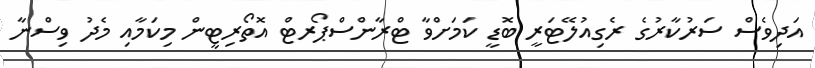
އަދިވެސް ސަރުކާރުގެ ރެގިއުލޭޓަރީ ބޮޑީ ކަމަށްވާ ޓްރާންސްޕޯރޓް އޮތޯރިޓީން މިކަމާއި މެދު ވިސްނާ